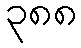
၃၈၈